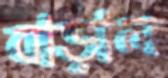
বাড়াল